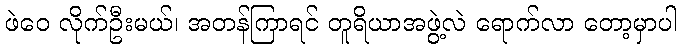
ဖဲဝေ လိုက်ဦးမယ်၊ အတန်ကြာရင် တူရိယာအဖွဲ့လဲ ရောက်လာ တော့မှာပါ